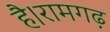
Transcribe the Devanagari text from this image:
है।रामगढ़